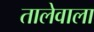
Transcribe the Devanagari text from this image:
तालेवाला